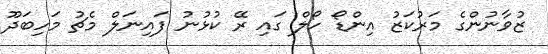
ޒުވާނުންގެ މަރުކަޒު އިންޑޯ ހޯލް ގައި ރޭ ކުޅުނު ފައިނަލް މެޗު މަހިބަދޫ